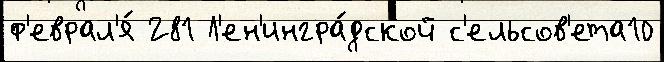
ф'еврал'я́ 281 Л'ен'ингра́дской с'ельсов'ета10